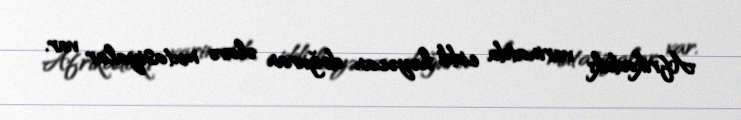
Afrikadakı varinatda ciddi həyəcan doğuran əlavə mutasiyalar var.